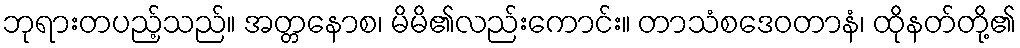
ဘုရားတပည့်သည်။ အတ္တနောစ၊ မိမိ၏လည်းကောင်း။ တာသံစဒေဝတာနံ၊ ထိုနတ်တို့၏